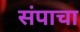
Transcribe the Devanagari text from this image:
संपाचा